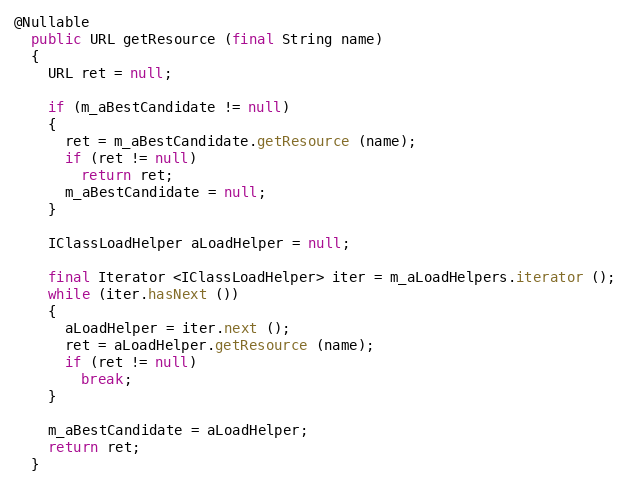
Language: Java
@Nullable
  public URL getResource (final String name)
  {
    URL ret = null;

    if (m_aBestCandidate != null)
    {
      ret = m_aBestCandidate.getResource (name);
      if (ret != null)
        return ret;
      m_aBestCandidate = null;
    }

    IClassLoadHelper aLoadHelper = null;

    final Iterator <IClassLoadHelper> iter = m_aLoadHelpers.iterator ();
    while (iter.hasNext ())
    {
      aLoadHelper = iter.next ();
      ret = aLoadHelper.getResource (name);
      if (ret != null)
        break;
    }

    m_aBestCandidate = aLoadHelper;
    return ret;
  }